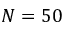
N = 5 0